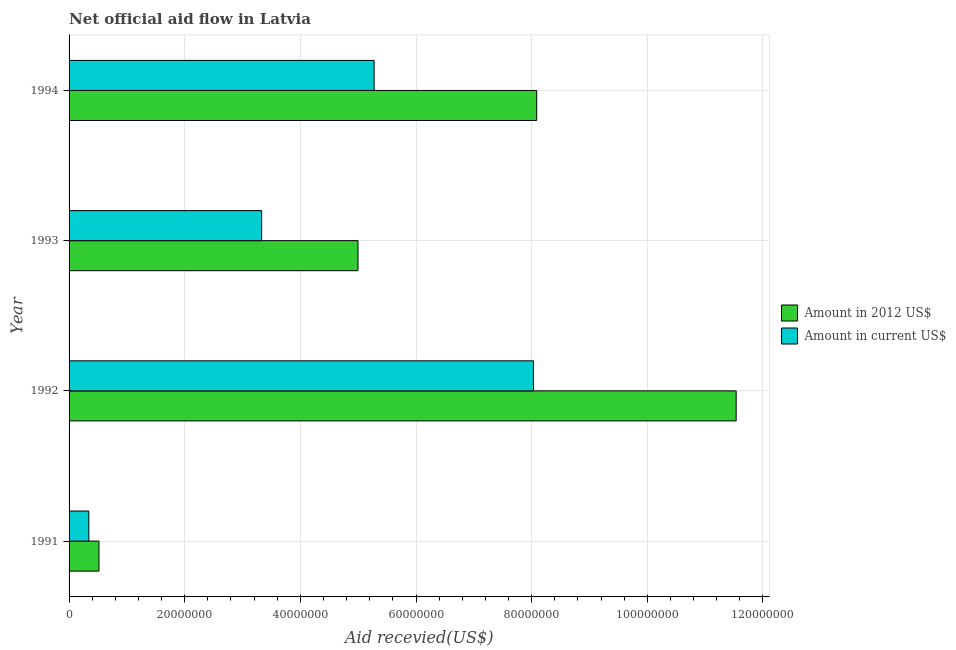
| Year | Amount in 2012 US$ | Amount in current US$ |
 | --- | --- | --- |
 | 1991 | 5.17e+06 | 3.42e+06 |
 | 1992 | 1.15e+08 | 8.03e+07 |
 | 1993 | 5e+07 | 3.33e+07 |
 | 1994 | 8.09e+07 | 5.28e+07 |